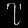
Digit: ၇